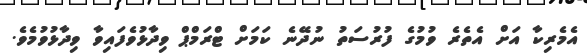
އެމެރިކާ އަށް އެތެރެ ވުމުގެ ފުރުސަތު ނުދޭނެ ކަމަށް ޓްރަމްޕް ވިދާޅުވެފައިވާ ވިދާޅުވުމެވެ.